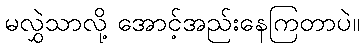
မလွှဲသာလို့ အောင့်အည်းနေကြတာပဲ။